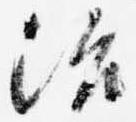
治